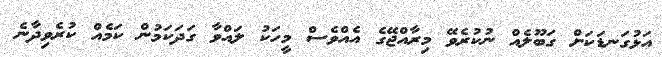
އަޅުގަނޑަކަށް ގަބޫލެއް ނުކުރެވޭ މިރާއްޖޭގެ އެއްވެސް މީހަކު ލައްވާ ގަދަކަމުން ކަމެއް ކުރެވިދާނެ